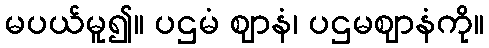
မပယ်မူ၍။ ပဌမံ ဈာနံ၊ ပဌမဈာနံကို။